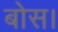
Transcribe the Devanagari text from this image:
बोस।